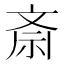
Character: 斎